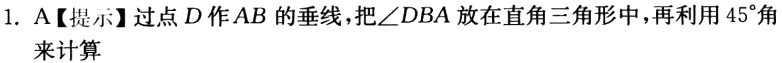
1. A【提示】过点\(D\)作\(AB\)的垂线,把\(\angle DBA\)放在直角三角形中,再利用\(45^{\circ}\)角来计算